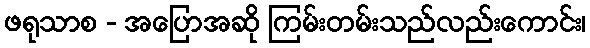
ဖရုသာစ - အပြောအဆို ကြမ်းတမ်းသည်လည်းကောင်း၊